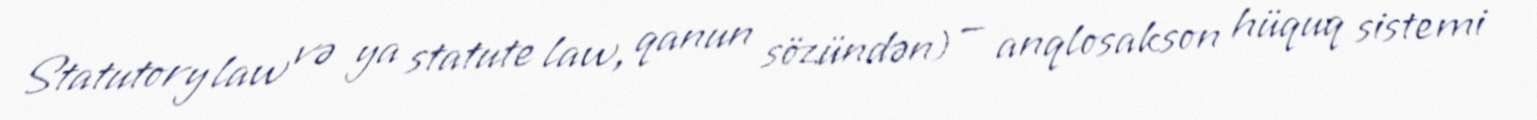
Statutory law və ya statute law, qanun sözündən) — anqlosakson hüquq sistemi